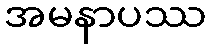
အမနာပဿ